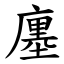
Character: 廛